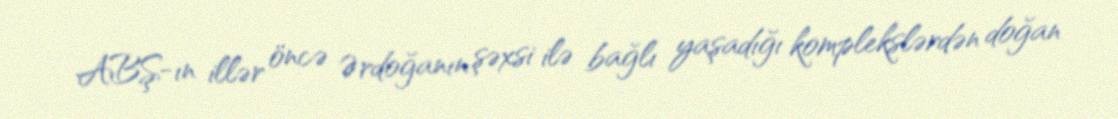
ABŞ-ın illər öncə Ərdoğanın şəxsi ilə bağlı yaşadığı komplekslərdən doğan